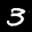
Label: 3